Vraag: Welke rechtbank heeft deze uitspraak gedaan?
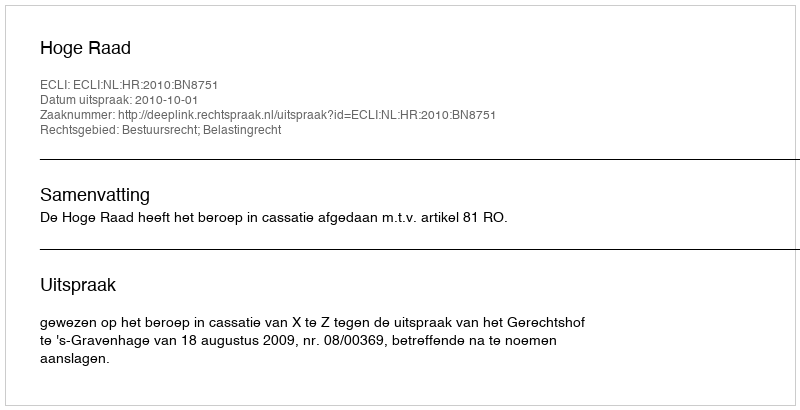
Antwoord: Hoge Raad